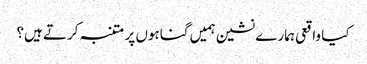
کیا واقعی ہمارے نشین ہمیں گناہوں پر متنبہ کرتے ہیں؟